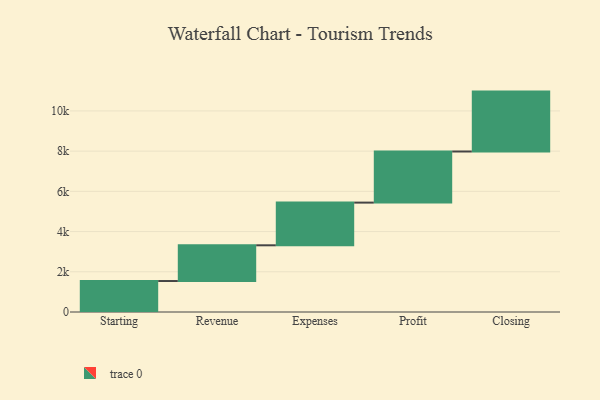
{"axis": {"x": "Step", "y": "Value"}, "legend": [""], "data": [{"x": "Starting", "y": 1540.0, "type": ""}, {"x": "Revenue", "y": 1777.0, "type": ""}, {"x": "Expenses", "y": 2123.0, "type": ""}, {"x": "Profit", "y": 2542.0, "type": ""}, {"x": "Closing", "y": 2979.0, "type": ""}]}